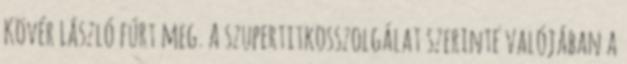
Kövér László fúrt meg. A szupertitkosszolgálat szerinte valójában a